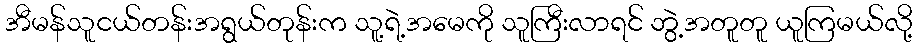
အီမန်သူငယ်တန်းအရွယ်တုန်းက သူ့ရဲ့အမေကို သူကြီးလာရင် ဘွဲ့အတူတူ ယူကြမယ်လို့